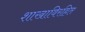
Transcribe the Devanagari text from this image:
शाखाविरहित